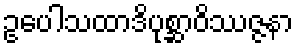
ဥပေါသထာဒိပုစ္ဆာဝိဿဇ္ဇနာ